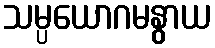
သမ္ပယောဂမနွာယ